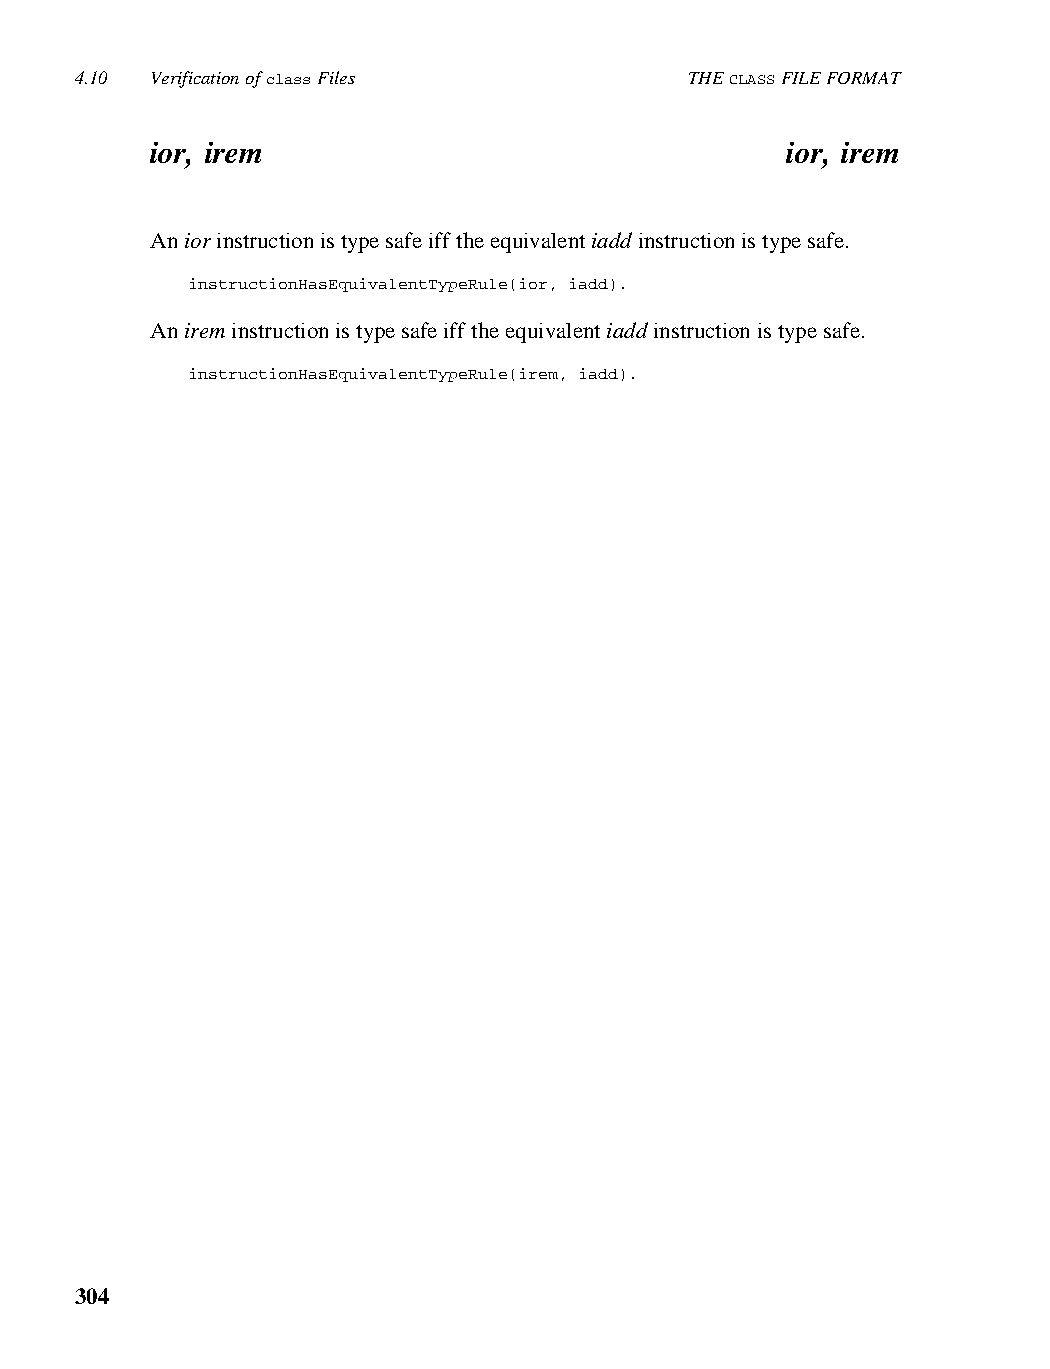
4.10 Verification of class Files         THE CLASS FILE FORMAT
 ior, irem                                 ior, irem
 An ior instruction is type safe iff the equivalent iadd instruction is type safe.
 instructionHasEquivalentTypeRule(ior, iadd).
 An irem instruction is type safe iff the equivalent iadd instruction is type safe.
 instructionHasEquivalentTypeRule(irem, iadd).
 304